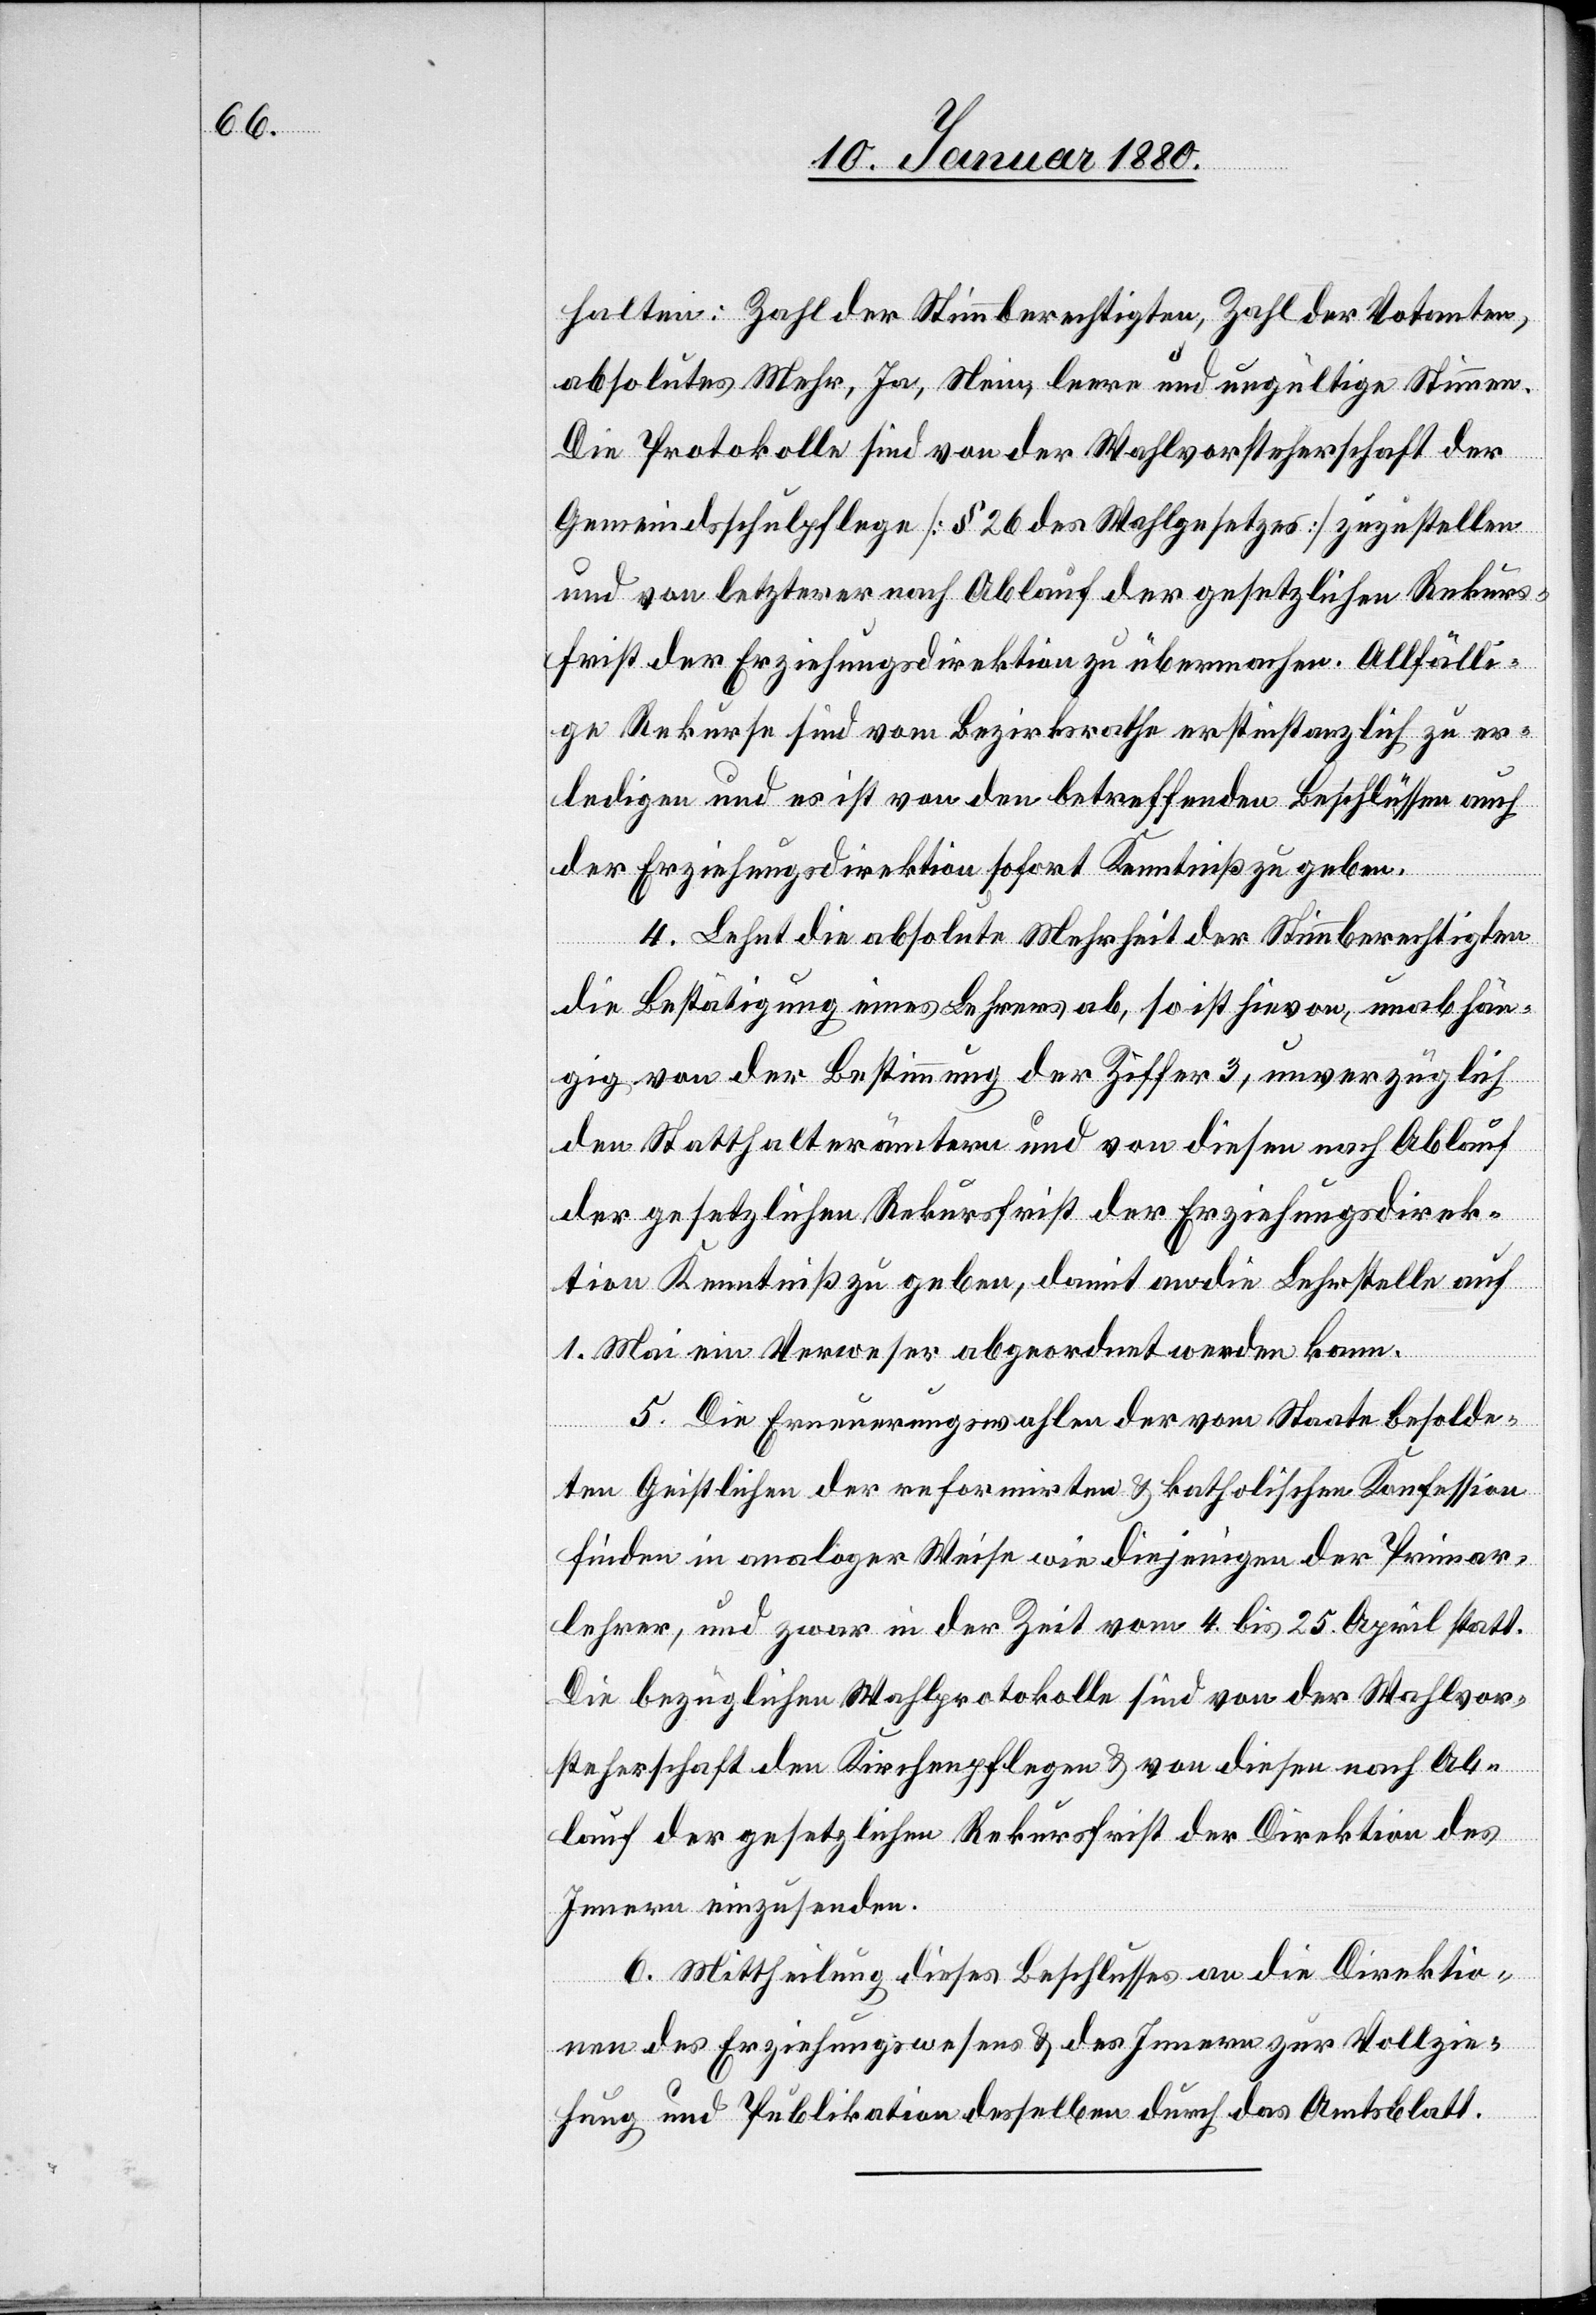
halten: Zahl der Stimmberechtigten, Zahl der Votanten,
absolutes Mehr, Ja, Nein, leere und ungültige Stimmen.
Die Protokolle sind von der Wahlvorsteherschaft der
Gemeindsschulpflege [§ 26 des Wahlgesetzes] zuzustellen
und von letzterer nach Ablauf der gesetzlichen Rekurs¬
frist der Erziehungsdirektion zu übermachen. Allfälli¬
ge Rekurse sind vom Bezirksrathe erstinstanzlich zu er¬
ledigen und es ist von den betreffenden Beschlüssen auch
der Erziehungsdirektion sofort Kenntniß zu geben.
4. Lehnt die absolute Mehrheit der Stimmberechtigten
die Bestätigung eines Lehrers ab, so ist hievon, unabhän¬
gig von der Bestimmung der Ziffer 3, unverzüglich
den Statthalterämtern und von diesen nach Ablauf
der gesetzlichen Rekursfrist der Erziehungsdirek¬
tion Kenntniß zu geben, damit an die Lehrstelle auf
1. Mai ein Verweser abgeordnet werden kann.
5. Die Erneuerungswahlen der vom Staate besolde¬
ten Geistlichen der reformirten & katholischen Konfession
finden in analoger Weise wie diejenige der Primar¬
lehrer, und zwar in der Zeit vom 4. bis 25. April statt.
Die bezüglichen Wahlprotokolle sind von der Wahlvor¬
steherschaft den Kirchenpflegen & von diesen nach Ab¬
lauf der gesetzlichen Rekursfrist der Direktion des
Innern einzusenden.
6. Mittheilung dieses Beschlusses an die Direktio¬
nen der Erziehungswesens & des Innern zur Vollzie¬
hung und Publikation desselben durch das Amtsblatt.